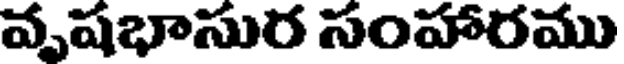
వృషభాసుర సంహారము